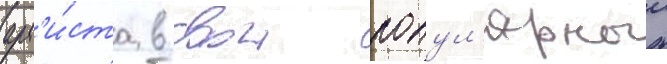
арт'и́ста в свои попул'ярныи